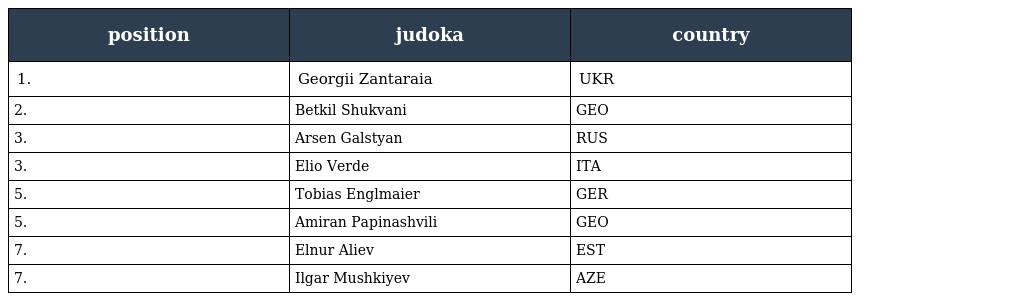
| position | judoka | country |
 | --- | --- | --- |
 | 1. | Georgii Zantaraia | UKR |
 | 2. | Betkil Shukvani | GEO |
 | 3. | Arsen Galstyan | RUS |
 | 3. | Elio Verde | ITA |
 | 5. | Tobias Englmaier | GER |
 | 5. | Amiran Papinashvili | GEO |
 | 7. | Elnur Aliev | EST |
 | 7. | Ilgar Mushkiyev | AZE |